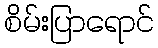
စိမ်းပြာရောင်